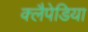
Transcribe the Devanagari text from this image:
क्लैपेडिया